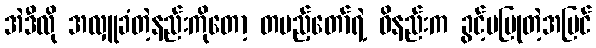
အဲဒီလို အလှူခံတဲ့နည်းကိုတော့ တပည့်တော်ရဲ့ ဝိနည်းက ခွင့်မပြုတဲ့အပြင်